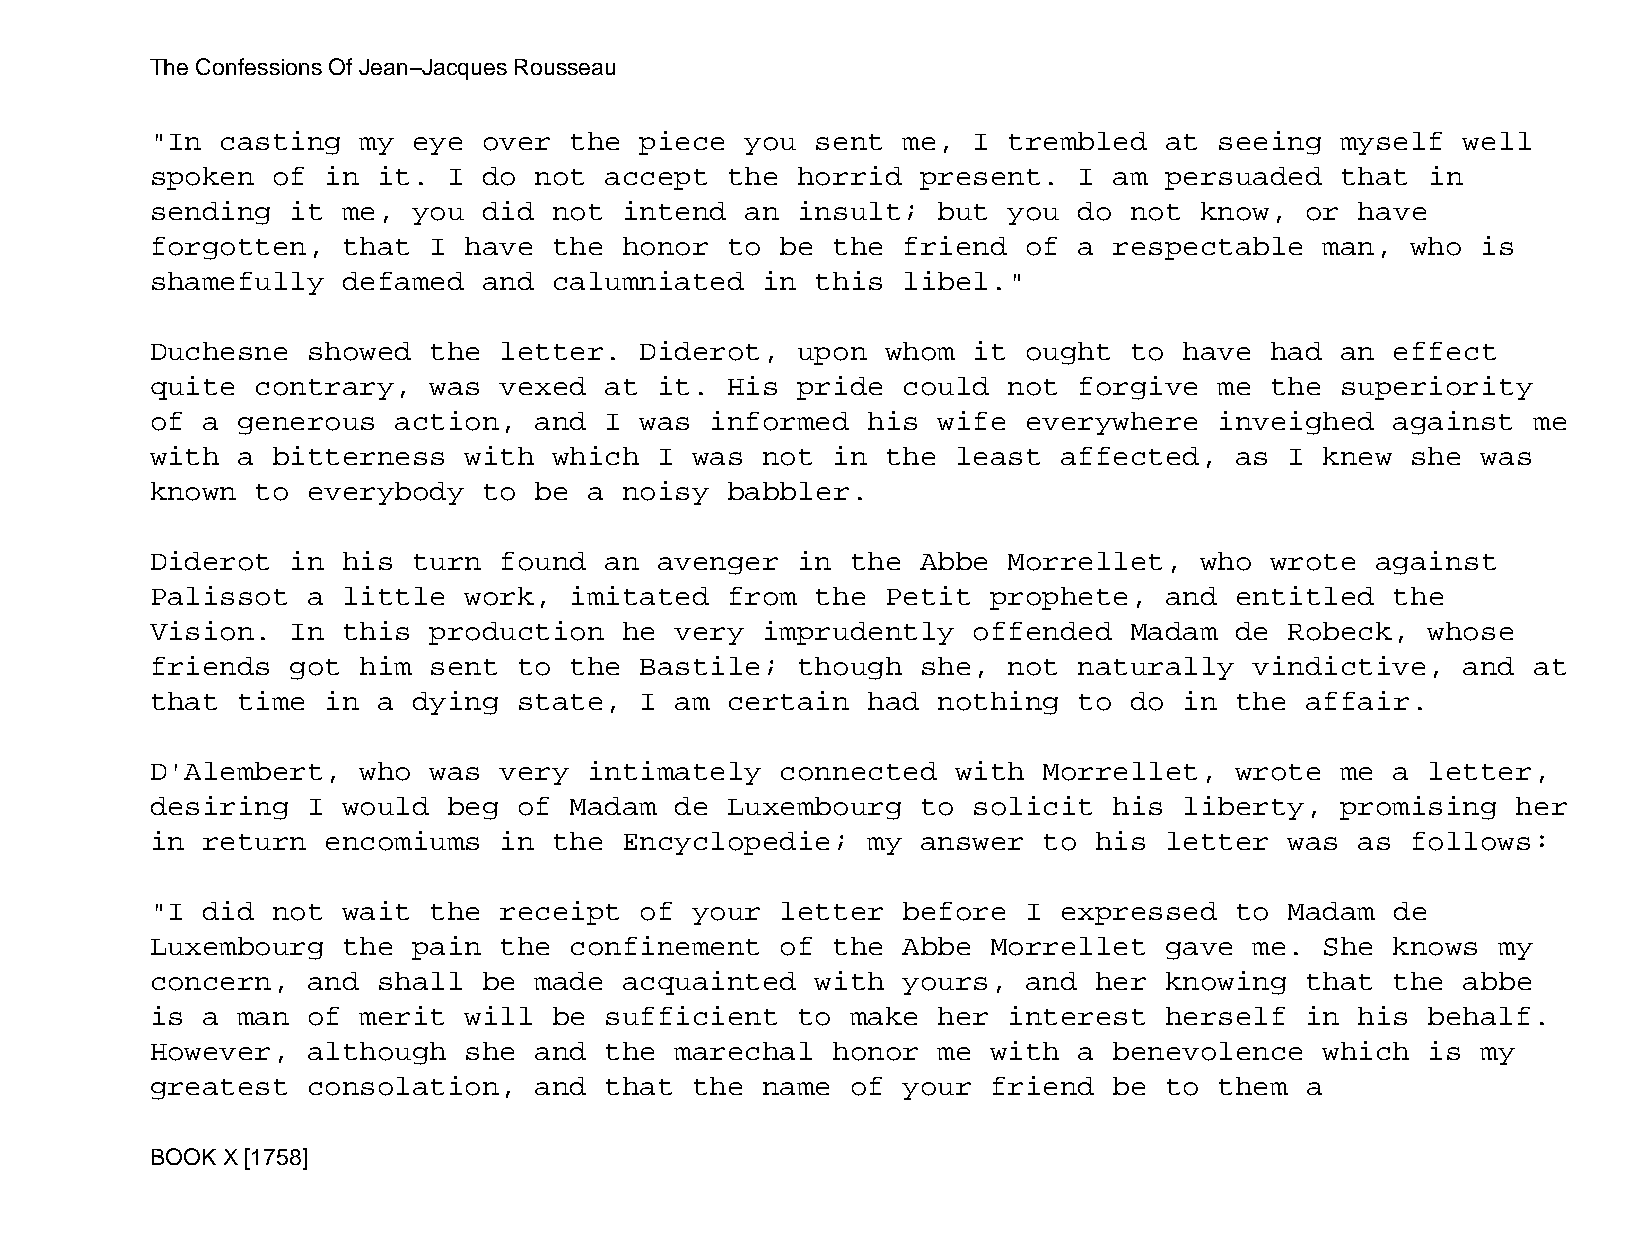
The Confessions Of Jean−Jacques Rousseau
 "In  casting  my eye  over  the piece  you  sent  me, I  trembled  at  seeing  myself  well
 spoken  of  in it.  I do not  accept  the  horrid  present.  I  am persuaded   that  in
 sending  it  me, you  did  not intend  an  insult;  but  you do  not know,  or  have
 forgotten,   that I  have  the honor  to  be the  friend  of a  respectable   man, who  is
 shamefully   defamed  and  calumniated  in  this  libel."
 Duchesne  showed  the  letter.  Diderot,   upon  whom it  ought  to have  had  an effect
 quite  contrary,  was  vexed  at  it. His  pride  could  not forgive   me the  superiority
 of a  generous  action,  and  I was  informed  his  wife  everywhere   inveighed  against  me
 with  a bitterness   with  which  I was not  in  the least  affected,   as I  knew she  was
 known  to everybody   to be  a noisy  babbler.
 Diderot  in  his turn  found  an  avenger  in the  Abbe  Morrellet,  who  wrote  against
 Palissot  a  little  work,  imitated  from  the  Petit  prophete,  and  entitled  the
 Vision.  In  this production   he  very imprudently   offended   Madam  de Robeck,   whose
 friends  got  him sent  to  the Bastile;   though  she,  not naturally   vindictive,   and at
 that  time  in a dying  state,  I  am certain  had  nothing  to  do in  the affair.
 D'Alembert,   who was  very  intimately   connected  with  Morrellet,   wrote  me a  letter,
 desiring  I  would  beg of  Madam  de Luxembourg   to solicit   his liberty,   promising  her
 in return   encomiums  in  the Encyclopedie;   my  answer  to his  letter  was  as follows:
 "I did  not  wait the  receipt  of  your  letter  before  I expressed   to Madam  de
 Luxembourg   the pain  the  confinement   of the  Abbe  Morrellet  gave  me.  She knows  my
 concern,  and  shall  be made  acquainted   with  yours,  and her  knowing  that  the  abbe
 is a  man of  merit  will  be sufficient   to make  her  interest  herself  in  his  behalf.
 However,  although   she and  the  marechal  honor  me  with a  benevolence   which  is my
 greatest  consolation,   and  that  the name  of  your  friend  be to  them a
 BOOK X [1758]